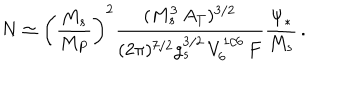
N \simeq \left( \frac { M _ { s } } { M _ { P } } \right) ^ { 2 } \frac { ( M _ { s } ^ { 3 } \, A _ { T } ) ^ { 3 / 2 } } { ( 2 \pi ) ^ { 7 / 2 } g _ { s } ^ { 3 / 2 } \, V _ { 6 } ^ { 1 / 6 } \, F } \frac { \Psi _ { * } } { M _ { s } } \, .